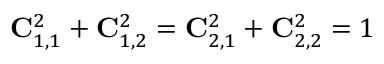
{ \bf C } _ { 1 , 1 } ^ { 2 } + { \bf C } _ { 1 , 2 } ^ { 2 } = { \bf C } _ { 2 , 1 } ^ { 2 } + { \bf C } _ { 2 , 2 } ^ { 2 } = 1